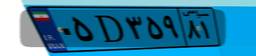
۱۲D۴۴۲۱۹